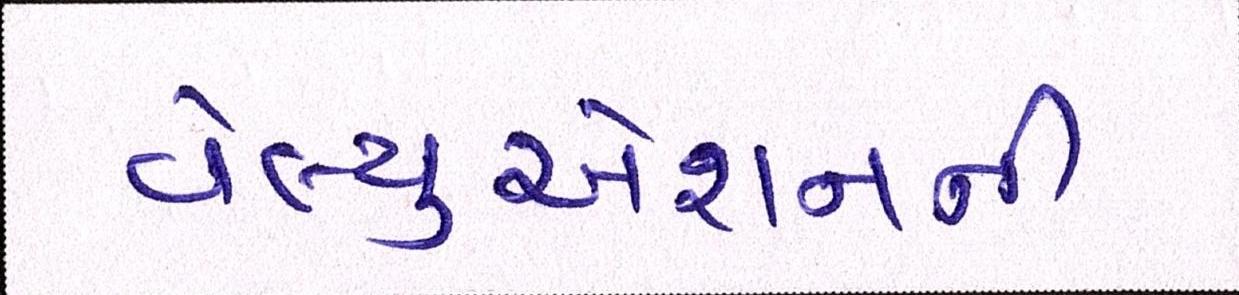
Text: વેલ્યુએશનની